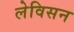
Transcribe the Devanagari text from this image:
लेविसन